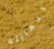
لحمايته